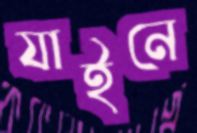
যাইনে